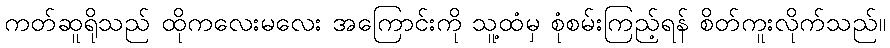
ကတ်ဆူရိုသည် ထိုကလေးမလေး အကြောင်းကို သူ့ထံမှ စုံစမ်းကြည့်ရန် စိတ်ကူးလိုက်သည်။